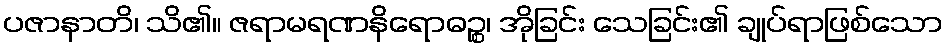
ပဇာနာတိ၊ သိ၏။ ဇရာမရဏနိရောဓဉ္စ၊ အိုခြင်း သေခြင်း၏ ချုပ်ရာဖြစ်သော